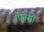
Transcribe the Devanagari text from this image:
तीनसौ